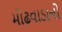
મોઢવાડાનો